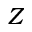
Z